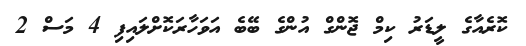
ކޮރެއާގެ ލީޑަރު ކިމް ޖޮންގް އުންގެ ބޭބެ އަވަހާރަކޮށްލައިފި 4 މަސް 2